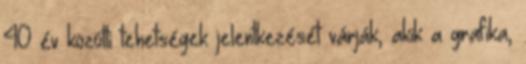
40 év közötti tehetségek jelentkezését várják, akik a grafika,